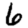
Digit: 6